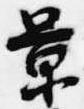
景